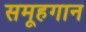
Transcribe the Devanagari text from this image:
समूहगान